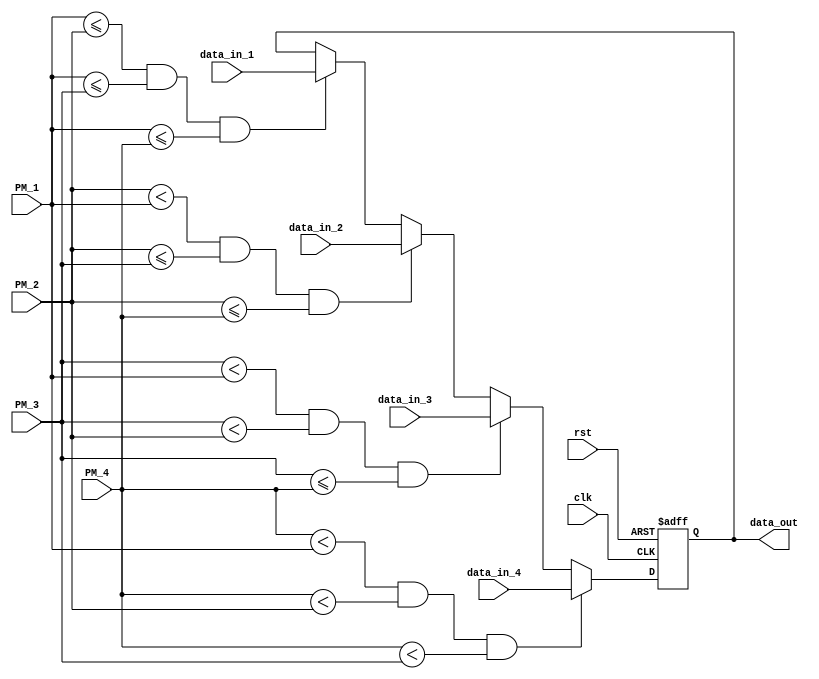
module cmp_sel(clk,
			   rst,
			   PM_1,
			   PM_2,
			   PM_3,
			   PM_4,
			   data_in_1,
			   data_in_2,
			   data_in_3,
			   data_in_4,
			   data_out);
	
	input clk,rst;
	input [6:0] PM_1,PM_2,PM_3,PM_4;
	input [7:0] data_in_1,data_in_2,data_in_3,data_in_4;

	output [7:0] data_out;

	reg [7:0] data_out;

	always @(posedge clk or negedge rst) begin
		if (!rst) begin
			// reset
			data_out <= 8'b00000000;
		end
		else 
		begin
			if((PM_1 <= PM_2) && (PM_1 <= PM_3) &&(PM_1 <= PM_4))
				data_out <= data_in_1;
			if((PM_2 < PM_1) && (PM_2 <= PM_3) &&(PM_2 <= PM_4))
				data_out <= data_in_2;
			if((PM_3 < PM_1) && (PM_3 < PM_2) && (PM_3 <= PM_4))
				data_out <= data_in_3;
			if((PM_4 < PM_1) && (PM_4 < PM_2) && (PM_4 < PM_3))
				data_out <= data_in_4;
		end
	end

endmodule